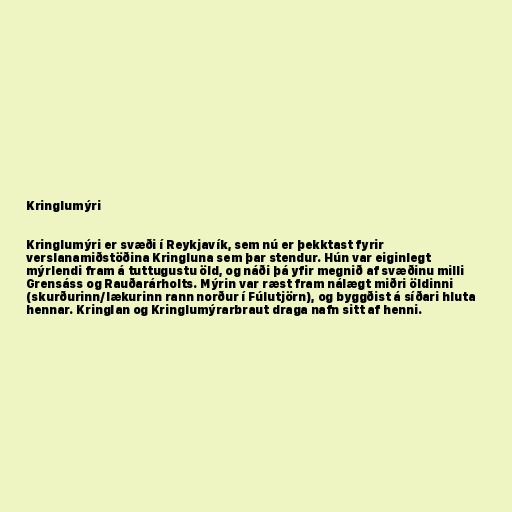
Kringlumýri

Kringlumýri er svæði í Reykjavík, sem nú er þekktast fyrir
verslanamiðstöðina Kringluna sem þar stendur. Hún var eiginlegt
mýrlendi fram á tuttugustu öld, og náði þá yfir megnið af svæðinu milli
Grensáss og Rauðarárholts. Mýrin var ræst fram nálægt miðri öldinni
(skurðurinn/lækurinn rann norður í Fúlutjörn), og byggðist á síðari hluta
hennar. Kringlan og Kringlumýrarbraut draga nafn sitt af henni.